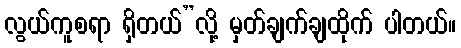
လွယ်ကူစရာ ရှိတယ်”လို့ မှတ်ချက်ချထိုက် ပါတယ်။